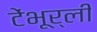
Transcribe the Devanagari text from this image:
टेंभूर्ली